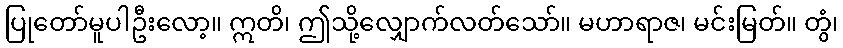
ပြုတော်မူပါဦးလော့။ ဣတိ၊ ဤသို့လျှောက်လတ်သော်။ မဟာရာဇ၊ မင်းမြတ်။ တွံ၊